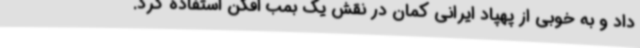
داد و به خوبی از پهپاد ایرانی کمان در نقش یک بمب افکن استفاده کرد.